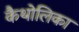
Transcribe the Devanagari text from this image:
कैथोलिका